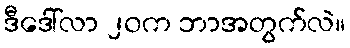
ဒီဒေါ်လာ ၂၀က ဘာအတွက်လဲ။